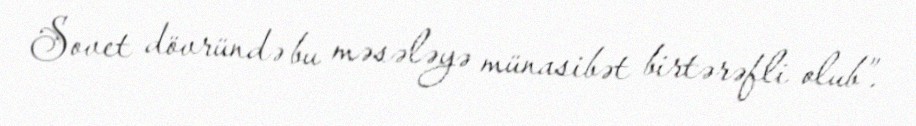
Sovet dövründə bu məsələyə münasibət birtərəfli olub”.